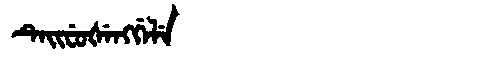
Manchu: ᡨᡝᡳᠸᡠᡧᡝᠩᡤᡝᠯᡝ
Romanization: TEIFUŠENGGELE